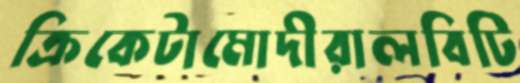
ক্রিকেটামোদীরালবিটি